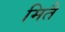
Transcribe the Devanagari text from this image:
मितै